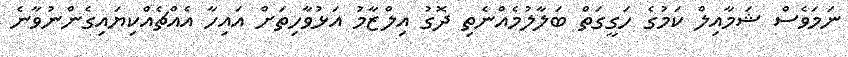
ނަމަވެސް ޝަމާއިލް ކަމުގެ ހަގީގަތް ބަލާލުމެއްނެތި ދޮގު އިލްޒާމު އަޅުވާހިތަށް އައިހާ އެއްޗެއްކިޔައިގެންނުވާނެ